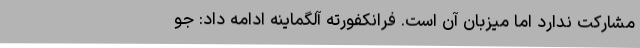
مشارکت ندارد اما میزبان آن است. فرانکفورته آلگماینه ادامه داد: جو